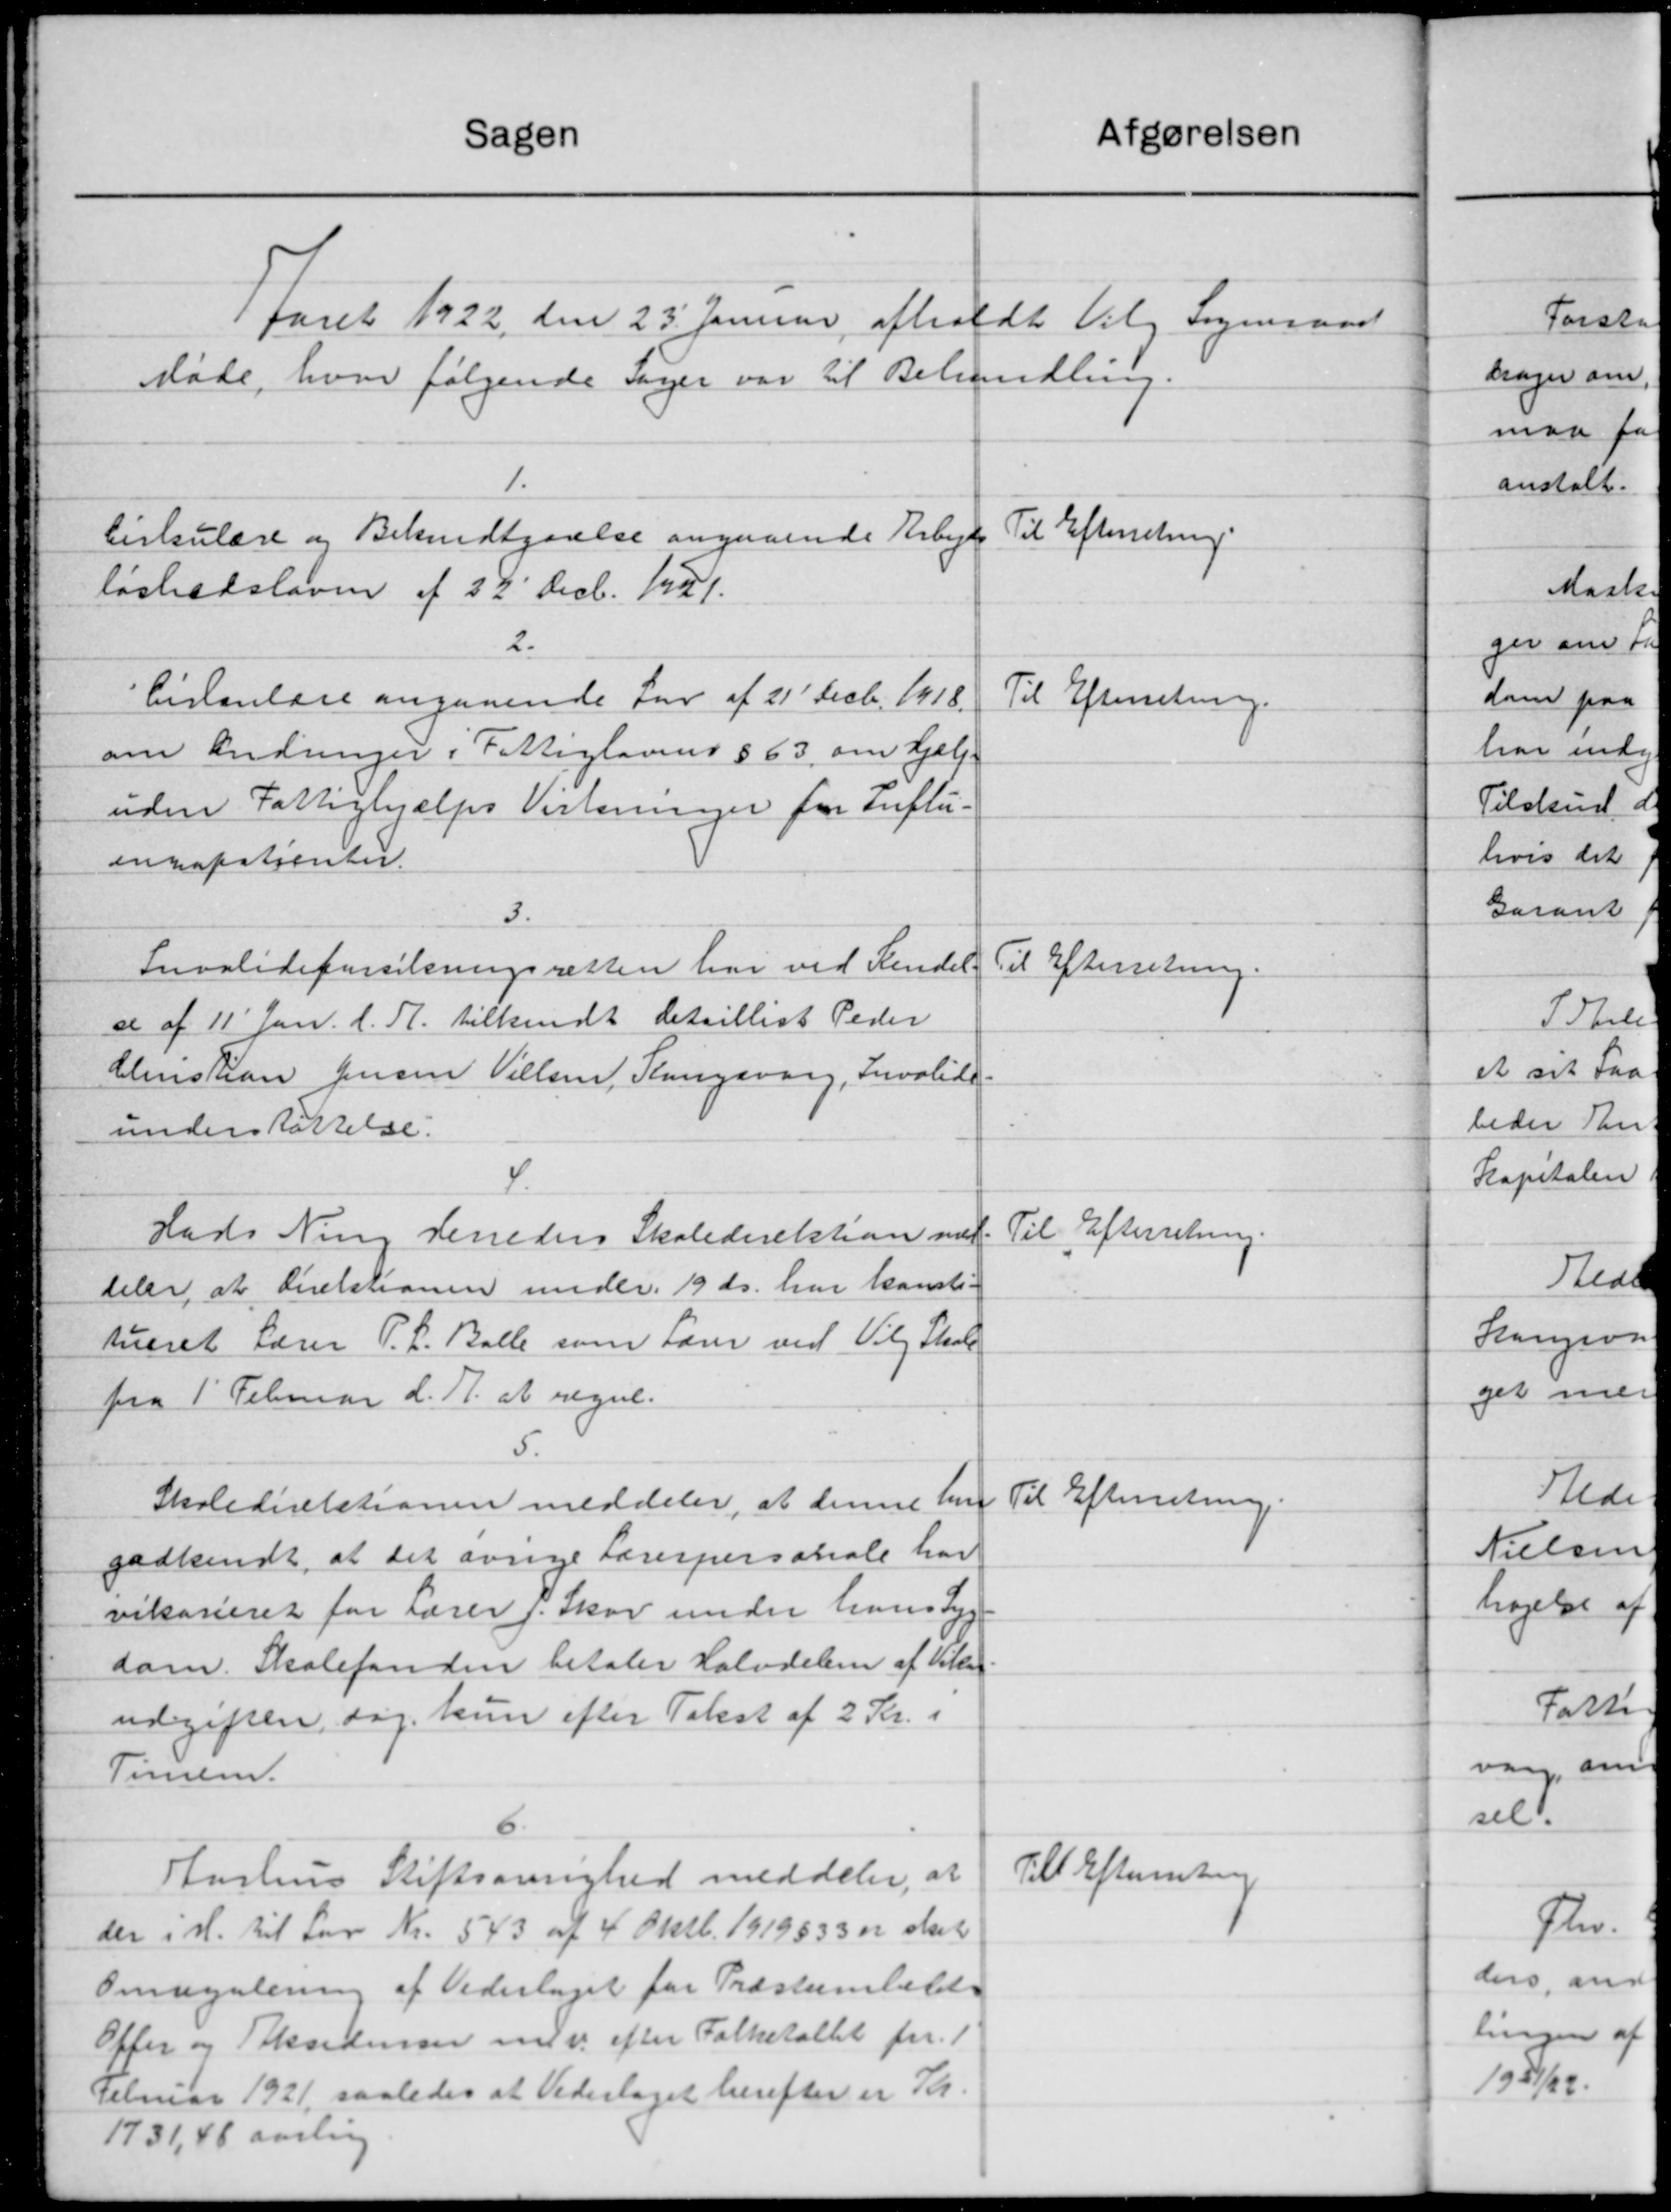
Transskription:
Sagen
afgørelsen
faret 1922 den 23' Januar afholdt Valg Sogneraad
Møde, hvor følgende Sager var til Behandling.
1.
Til Efterretning.
Cirkulære og Bekendtgørelse angaaende Arbejds
løshedsloven af 22' Decb. 1921.
2.
Cirkulære angaaende Lov af 21' Decb. 1918.
Til Efterretning.
om Ændringer i Fattiglovens § 63, om Hjælp
uden Fattighjælps Visteninger for Luftu-
inkapatienter.
3.
Invalideforsikringsretten har ved Kendel-
Til Efterretning.
se af 11' Jan. d. A. tilkendt detaillist Peder
Christian Jensen Nielsen, Rangsvorg, Invalide-
understøttelse:
4.
Til Efterretning.
Hads Ning Herreders Skoledirektion med-
deler, at Licitationen under 19 ds. har konsti-
tueret Lærer P. L. Balle som Lærer ved Viby Skole
fra 1' Februar d. A. at regul.
5.
Til Efterretning.
Skoledirektionen meddeler, at denne hu
godkendt, at det øvrige Lærerpersonale har
vikasseret for Lærer P. Skov under hans Syg-
dam. Skolefonden betaler Halvdeler af Vikar-
udgiften, dag. kun efter Takst af 2 Kr. i
Timer.
6.
Til Efterretning
Aarhus Stiftsøvrighed meddeler, at
der i H. til Lov Nr. 543 af 4 Oktb. 1919 § 33 er sket
Omregulering af Vederlaget for Præstemlel
Offer og Teksidenser m.v. efter Folketaltet for 1
Februar 1921, saaledes at Vederlaget herefter er Th.
1731,48 aarlig